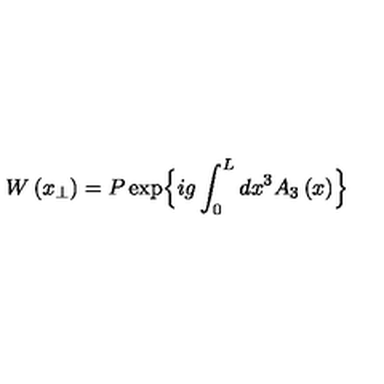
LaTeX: W \left( x _ { \perp } \right) = P \exp \Bigl \{ i g \int _ { 0 } ^ { L } d x ^ { 3 } A _ { 3 } \left( x \right) \Bigr \}